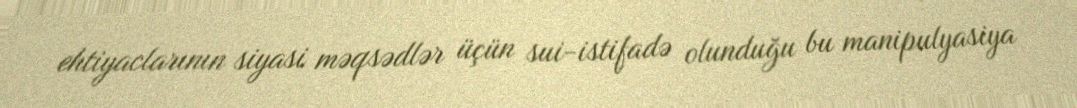
ehtiyaclarının siyasi məqsədlər üçün sui-istifadə olunduğu bu manipulyasiya